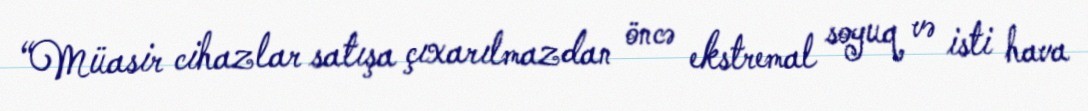
“Müasir cihazlar satışa çıxarılmazdan öncə ekstremal soyuq və isti hava